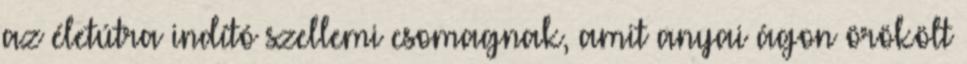
az életútra indító szellemi csomagnak, amit anyai ágon örökölt